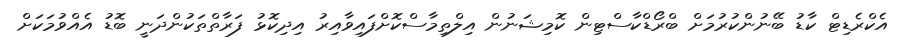
އެކްރެޑިޓް ކާޑު ބޭނުންކުރުމަށް ބްރޯޑްކާސްޓިން ކޮމިޝަނުން އިލްތިމާސްކޮށްފައިވާއިރު އިދިކޮޅު ފަރާތްތަކުންދަނީ ބޮޑު އެއްވުމަކަށް